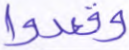
وقعدوا